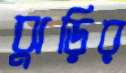
ঝুড়ির